Lunatic asylums in Bengal annual reports 1899-1911 - 1899-1911
Year: 1899
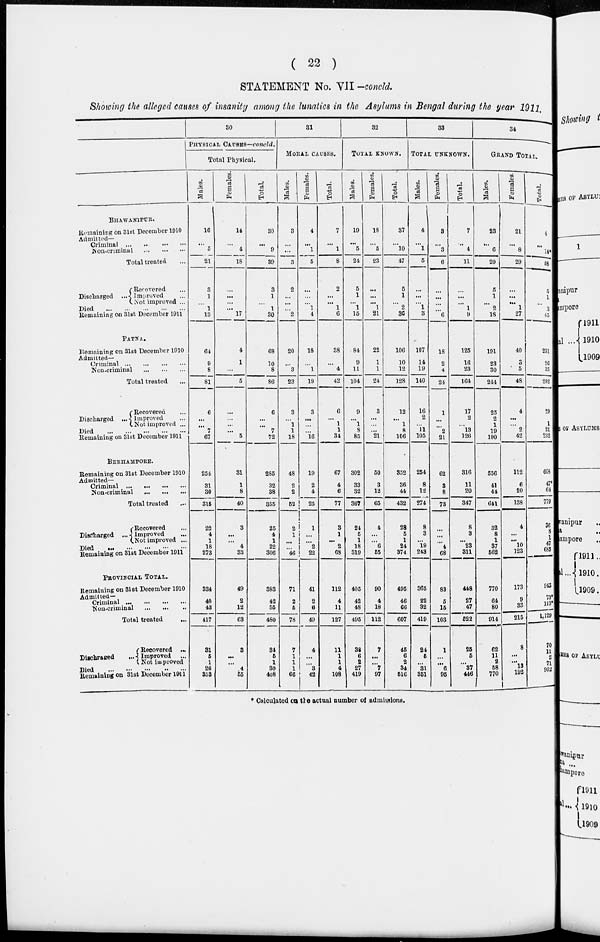
( 22 )
STATEMENT No. VII-concld.
Showing the alleged causes of insanity among the lunatics in the Asylums in Bengal during the year 1911.
BHAWANIPUR.
Remaining on 31st December 1910
Admitted—
Criminal ... .. ... ...
Non-criminal
...
...
...
Total treated ...
Discharged
...
Recovered ...
Improved ...
Not improved ...
Died
...
...
...
...
...
Remaining on 31st December 1911
PATNA.
Remaining on 31st December 1910
Admitted-
Criminal
...
...
...
...
Non-criminal
...
...
...
Total treated
Discharged
...
Recovered ...
Improved ...
Not improved ...
Died
...
...
...
...
...
Remaining on 31st December 1911
BERHAMPORE.
Remaining on 31st December 1910
Admitted—
Criminal
...
...
...
...
Non-criminal
...
...
...
Total treated ...
Discharged ...
Recovered ...
Improved ...
Not improved ...
Died
...
...
...
...
...
Remaining on 31st December 1911
PROVINCIAL TOTAL.
Remaining on 31st December 1910
Admitted-
Criminal ... ... ... ...
Non-criminal
...
...
...
Total treated
...
Discharged ...
Recovered ...
Improved ...
Not improved
Died ... ... ... .. ...
Remaining on 31st December 1911
30
PHTSICAL CAUSES—concld.
Total Physical.
Males.
16
...
5
21
3
1
...
1
13
64
9
8
81
6
...
...
7
67
254
31
30
315
22
4
1
18
273
334
40
43
417
31
5
1
26
353
Females.
14
...
4
18
...
...
...
...
17
4
1
...
6
...
...
...
...
5
31
1
8
40
3
...
...
4
33
49
2
12
63
3
...
...
4
55
Total.
30
...
9
39
3
1
...
1
30
68
10
8
86
6
...
...
7
72
285
32
38
355
25
4
1
22
306
383
42
55
480
34
5
1
30
408
31
MORAL CAUSES.
Males.
3
...
...
3
2
...
...
...
2
20
...
3
23
3
...
1
1
18
48
2
2
52
2
1
...
...
46
71
2
5
78
7
1
1
1
66
Females.
4
...
1
5
...
...
...
1
4
18
...
1
19
3
...
...
...
16
19
2
4
25
1
...
...
2
22
41
2
6
49
4
...
...
3
42
Total.
7
...
1
8
2
...
...
1
6
38
...
4
42
6
...
1
1
31
67
4
6
77
3
1
...
2
68
112
4
11
127
11
1
1
4
108
32
TOTAL KNOWN.
Males.
19
...
5
24
5
1
...
1
15
84
9
11
104
9
...
1
3
85
302
33
32
367
24
5
1
18
319
405
42
48
495
38
6
2
27
419
Females.
18
...
5
23
...
...
...
1
21
22
1
1
24
3
...
...
...
21
50
3
12
65
4
...
...
6
55
90
4
18
112
7
...
...
7
97
Total.
37
...
10
47
5
1
...
2
36
106
10
12
128
12
...
1
8
106
352
36
44
432
28
5
1
24
374
495
46
66
607
45
6
2
34
516
33
TOTAL UNKNOWN.
Males.
4
...
1
5
...
...
...
1
3
107
14
19
140
16
2
...
11
105
254
8
12
274
8
3
...
19
243
365
22
32
419
24
5
...
31
351
Females.
3
...
3
6
...
...
...
...
6
18
2
4
24
1
...
...
2
21
62
8
8
73
...
...
...
4
68
83
5
15
103
1
...
...
6
95
Total.
7
...
4
11
...
...
...
1
9
125
16
23
164
17
2
...
13
126
316
11
20
347
8
3
...
23
311
448
27
47
522
25
5
...
37
446
34
GRAND TOTAL.
Males.
23
...
6
29
5
1
...
2
18
191
23
30
241
25
2
1
19
190
556
41
44
641
32
8
1
37
562
770
64
80
914
62
11
2
58
770
Females.
21
...
8
29
...
...
...
1
27
40
3
5
48
4
...
...
2
42
112
6
20
138
4
...
...
10
123
173
9
33
215
8
...
...
13
192
Total.
4
...
14*
58
5
1
...
3
45
231
26
35
292
...
...
1
21
232
663
47*
64
779
36
8
1
47
635
943
73*
113*
1,129
70
11
2
71
962
* Calculated on the actual number of admissions.